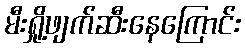
မီးရှို့ဖျက်ဆီးနေကြောင်း